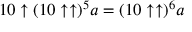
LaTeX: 1 0 \uparrow ( 1 0 \uparrow \uparrow ) ^ { 5 } a = ( 1 0 \uparrow \uparrow ) ^ { 6 } a